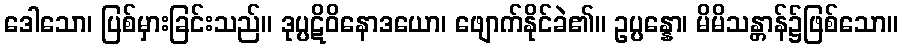
ဒေါသော၊ ပြစ်မှားခြင်းသည်။ ဒုပ္ပဋိဝိနောဒယော၊ ဖျောက်နိုင်ခဲ၏။ ဥပ္ပန္နော၊ မိမိသန္တာန်၌ဖြစ်သော။